Calcutta medical institutions reports 1871-78
Year: 1871
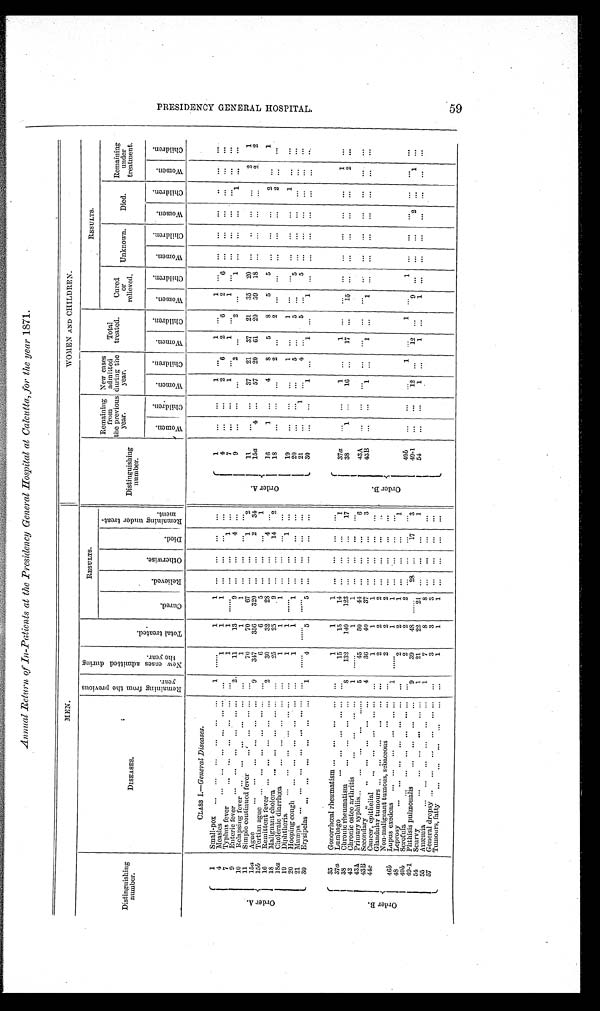
Annual Return of In-Patients at the Presidency General Hospital at Calcutta, for the year 1871.
MEN.
WOMEN AND CHILDREN.
Distinguishing
number.
DISEASES.
R e m a i n i n g f r o m t h e p r e v i o u s
y e a r .
N e w c a s e s a d m i t t e d d u r i n g
t h e y e a r .
T o t a l t r e a t e d .
RESULTS.
Distinguishing
number.
Remaining
from
the previous
year.
New cases
admitted
during the
year.
Total
treated.
RESULTS.
C u r e d .
R e l i e v e d .
O t h e r w i s e .
D i e d .
R e m a i n i n g u n d e r t r e a t -
ment.
Cured
or
relieved.
Unknown.
Died.
Remaining
under
treatment.
W o m e n .
C h i l d r e n .
W o m e n .
C h i l d r e n .
W o m e n .
C h i l d r e n .
W o m e n .
C h i l d r e n .
Wo me n .
C h i l d r e n . W o m e n .
C h i l d r e n .
W o m e n .
C h i l d r e n .
CLASS I.—General Diseases.
O r d e r A .
1
Small-pox ... ... ... ... ... ...
1 ......
1
1 ...
. . .
. . . . . .
O r d e r A .
1
. . .
. . .
1
. . .
1
. . .
1
. . . ...
. . .
. . . . . .
. . .
. . .
4
Measles
...
. . .
. . . ...
. . . . . .
. . .
1
1
1 ...
. . .
. . . . . .
4
. . .
...
2
6
2
6
2
6 ...
. . .
. . . ...
. . .
. . .
7
Typhus fever
... ... ...
. . . ... ...
1
1 ......
. . .
. . .
1 . . .
7
. . .
. . .
1
. . .
1
. . .
1
. . . ...
. . .
. . . . . . ...
. . .
9
Enteric fever ... ... ... ... ... . . .
2
11
13
9 ...
. . .
4
. . .
9
. . .
. . .
. . .
2
. . .
2
. . .
1 ...
. . .
. . . 1
...
. . .
10 Relapsing fever
. . . ... ...
. . . ... . . .
1
1
1 ... ... ... ...
11
Simple continued fever
... ...
. . . ... ...
70
70
6 7 ...
. . .
1
2
1 1
. . .
...
37 21 37 21 35 20 ...
. . .
. . . ...
2
1
15a Ague
. . . ... ... ... ... ...
9
347
356
320 ... ...
2 34
15a
4
. . .
57 20 61 20 59 18 ... ... ...
...
2 2
15b Tertian ague
. . .
. . .
. . . ...
. . . . . .
. . .
6
6
5 ...
. . .
. . . 1
16
Remittent fever
. . .
. . .
. . .
. . .
. . . 2
30
32
2 8 ...
. . .
4
. . .
16
1 ...
4
8
5
8
5
5 ... ...
. . .
2
. . .
1
18
Malignant cholera
. . . ... ... ... ... ...
25
25
9 ...
. . . 14
2
18
...
. . . ...
2
. . . 2
. . .
. . . ... ... ...
2
. . .
. . .
18a Choleraic diarrhœa
. . .
. . . ... ... ...
1
1
1 ...
. . .
. . .
. . .
19
Diphtheria
. . .
. . .
. . . ...
. . . . . .
. . .
1
1 ......
. . .
. . .
1
. . .
19
...
. . .
. . .
1
. . .
1 . . .
. . . ...
. . .
. . . 1
. . .
. . .
20
Hooping cough ... ... ... ...
. . . . . .
1
1
1 ...
. . .
. . .
. . .
20
. . .
...
...
5
. . . 5
. . .
5 ...
. . .
. . .
. . .
. . .
. . .
21
Mumps ... ... ... ... ...
. . . . . .
. . .
. . . . . .
. . . . . . ...... ...
. . .
. . .
. . .
21
...
1 ...
4 ...
5
. . .
5 ...
. . .
. . . . . . ...
. . .
30
Erysipelas ...
. . .
. . .
. . .
. . .
. . . 1
4
5
5 ...
. . .
. . . . . .
30
. . .
. . .
1
. . .
1 ...
1
. . .
...
. . .
...
. . .
. . .
. . .
O r d e r B .
35
Gonorrhœal rheumatism ... ... ... ... ...
1
1
...
. . .
. . .
. . .
O r d e r B .
37a Lumbago
... ... ... ... ... ...
15
15
14 ...
. . .
. . .
1
37a
. . .
. . .
1
. . .
1
. . .
. . . . . . ...
. . .
. . .
. . .
1
. . .
38
Chronic rheumatism
... ... ... ...
8
132
140
123 ...
. . .
. . .
17
38
1 ... 16 ...
17 ...
1 5
. . . ...
. . .
. . . . . . 2
. . .
42
Chronic osteo arthritis
... ... ... ...
1 ......
1
1 ...
. . .
. . .
. . .
43A Primary syphilis . . . ...
. . . ...
. . .
...
5
45
50
44 ...
. . .
. . .
6
43A
. . .
. . .
. . .
. . .
. . .
. . .
. . .
. . . ...
. . .
. . .
. . .
... . . .
43B Secondary ,,
...
. . .
. . .
. . .
. . .
4
36
40
37 ... ... ...
3
43B
. . .
. . .
1
. . .
1
. . .
1
. . . ...
. . .
. . . . . . ...
. . .
44c Cancer, epithelial
... ... ...
. . . . . . ...
1
1
1 ... ...
. . .
. . .
Glandular tumours ... ... ... ... ... ...
2
2
2 ...
. . .
. . .
. . .
Non-malignant tumous, sebaceous ... ... ...
2
2
2 ...
. . .
. . .
. . .
46b Lupus exedens ... ... ... ... ... ...
1 ......
1
1 ...
. . . ...
...
48
Leprosy
. . .
. . . ...
. . .
. . . ... ...
2
2
1 ...
. . .
. . .
1
4 9
b Scrofula
...
. . .
. . . ...
. . . ... ...
2
2
2 ...
. . .
. . .
. . .
4 9
b
. . .
. . .
. . .
1
. . . 1
. . . 1 ... ... ... ... ...
. . .
49-1 Phthisis pulmonalis
. . .
. . .
. . .
. . .
9
39
48
. . . . . .
28
. . .
17
3
49-1
. . .
. . .
1 2 . . .
12
. . .
9
. . .
...
. . . 2 . . . 1
. . .
54
. . .
. . .
1
. . . 1
. . .
1
. . .
...
. . .
. . .
. . .
...
. . .
54
Scurvy
. . .
. . .
. . . ...
. . . . . .
1
21
22
21
. . .
. . .
. . .
1
55
Anæmia
. . .
. . .
. . .
. . .
. . .
. . .
1
7
8
8
. . .
. . .
. . .
. . .
57
General dropsy . . .
. . .
. . . ...
. . . . . .
. . .
3
3
3 ...
. . .
. . .
. . .
Tumours, fatty
. . . ... ... ...
. . . . . .
1
1
1 ...
. . .
. . .
. . .
P R E S I D E N C Y G E N E R A L H O S P I T A L .
59